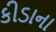
કીડાના